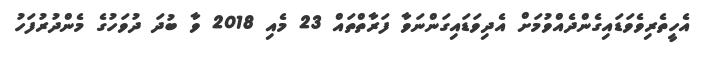
އެހީތެރިވެވަޑައިގެންދެއްވުމަށް އެދިވަޑައިގަންނަވާ ފަރާތްތައް 23 މެއި 2018 ވާ ބުދަ ދުވަހުގެ މެންދުރުފަހު